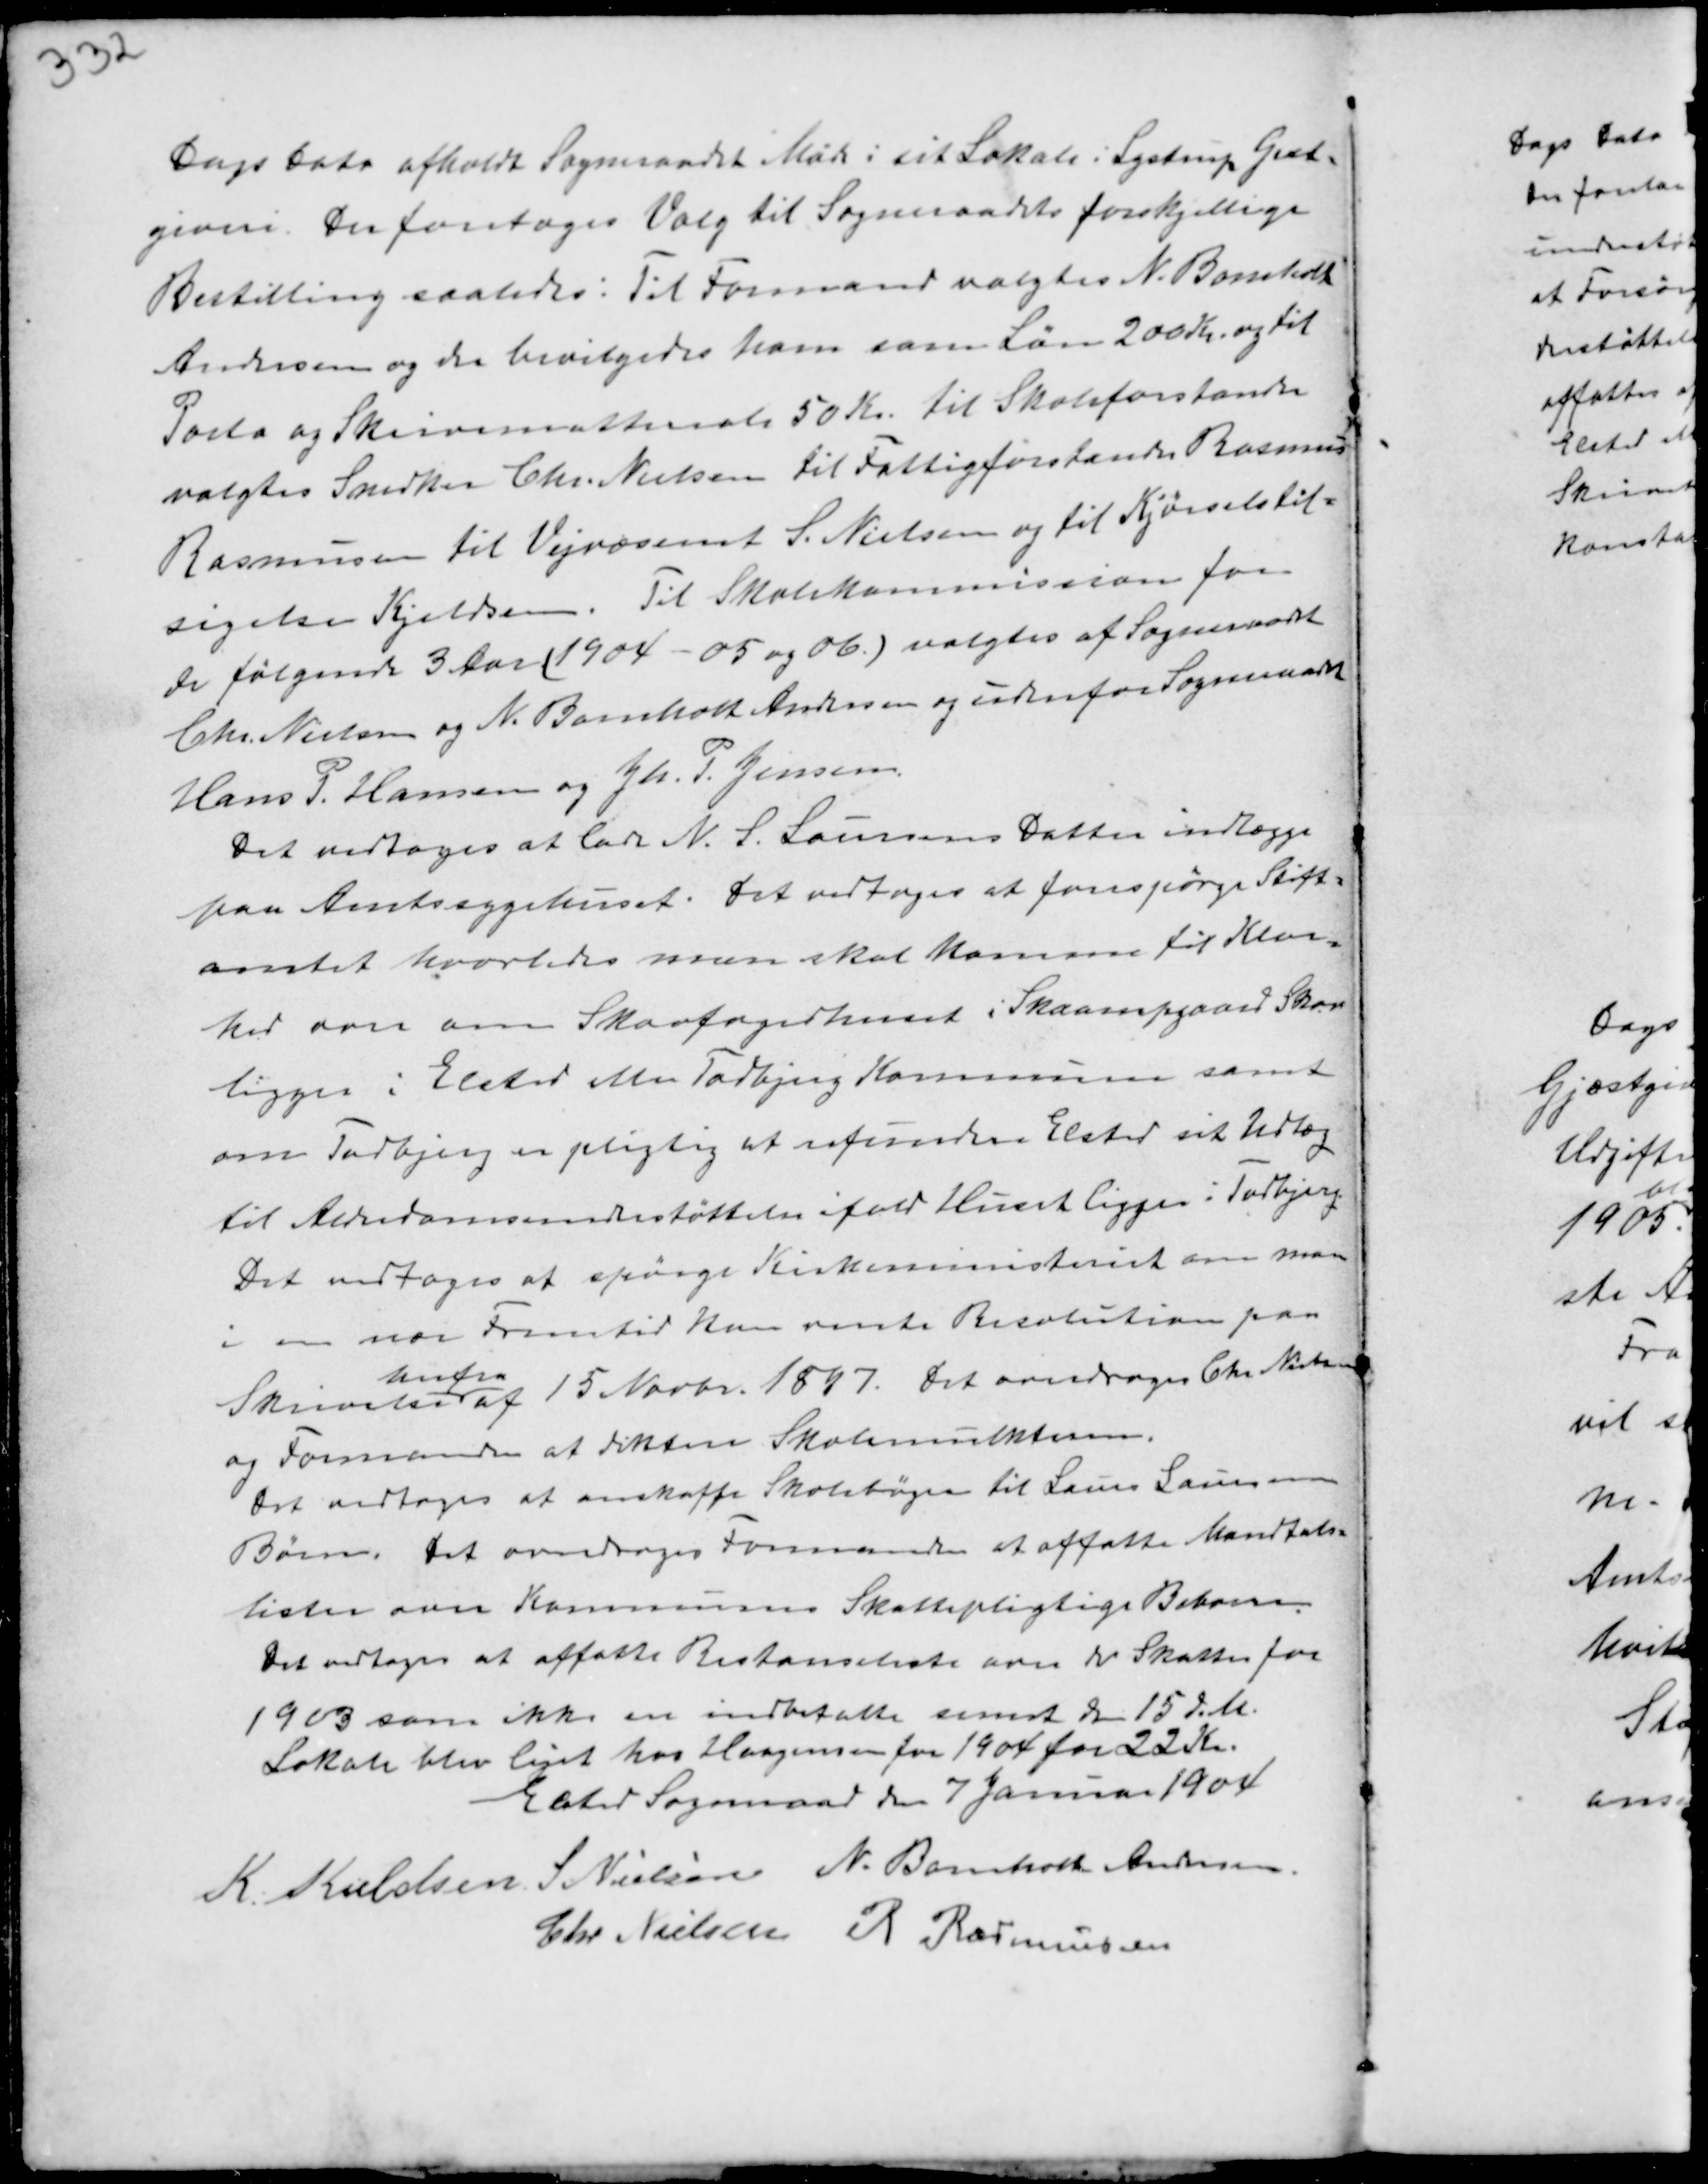
Transskription:
Dags Dato afholdt Sogneraadet Møde i sit Lokale i Lystrup Gjæst-
giveri. Der foretoges Valg til Sogneraadets forskellige
Bestilling saaledes: Til Formand valgtes N. Bomholt
Andersen og der bevilgedes ham som Løn 200 Kr. og til
Porto og Skrivematteriale 50 Kr. til Skoleforstander
valgtes Snedker Chr. Nielsen til Fattigforstander Rasmus
Rasmussen til Vejvæsenet S. Nielsen og til Kjørselstil-
sigelse Kjeldsen. Til Skolekommission for
de følgende 3 Aar (1904-05 og 06) valgtes af Sogneraadet
Chr. Nielsen og N. Bomholt Andersen og udenfor Sogneraadet
Hans P. Hansen og Jh. P. Jensen.
Det vedtoges at lade N. S. Laursens Datter indlægge
paa Amtssygehuset. Det vedtoges at forespørge Stift-
amtet hvorledes man skal komme til Klar-
hed over om Skovfogedhuset i Skaarupgaard Skov
ligger i Elsted eller Todbjerg Kommune samt
om Todbjerg er pligtig at refundere Elsted sit Udlæg
til Alderdomsunderstøttelse ifald Huset ligger i Todbjerg.
Det vedtoges at spørge Kirkeministeriet om man
i en nær Fremtid kan vente Resolution paa
Skrivelse
herfra
af 15 Novbr. 1897. Det overdroges Chr. Nielsen
og Formanden at diktere Skolemulkterne.
Det vedtoges at anskaffe Skolebøger til Laurs Laursens
Børn. Det ovedroges Formanden at affatte Mandtals-
listen over Kommunens Skattepligtige Beboere.
Det vedtoges at affatte Restanceliste over de Skatter for
1903 som ikke er indbetalte senest den 15 d.M.
Lokale blev lejet hos Haagensen for 1904 for 22 Kr.

Elsted Sogneraad den 7 Januar 1904
K. Kieldsen S. Nielsen N. Bomholt Andersen
Chr. Nielsen R Rasmussen